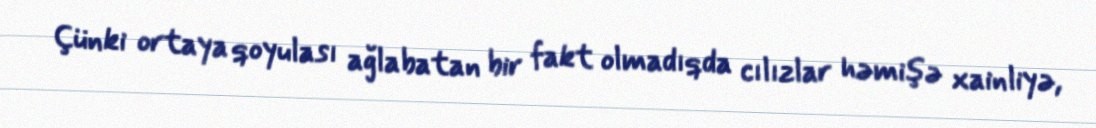
Çünki ortaya qoyulası ağlabatan bir fakt olmadıqda cılızlar həmişə xainliyə,